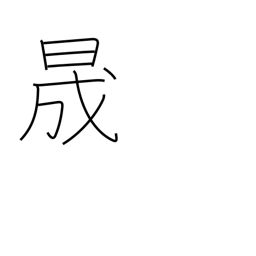
Meaning: clear